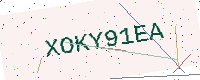
Text: XOKY91EA